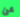
عن